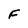
Character: F